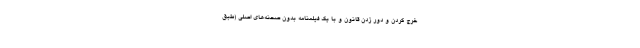
خرج کردن و دور زدن قانون و با یک فیلمنامه بدون صحنه‌های اصلی (طبق